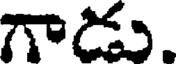
గాడు.